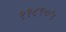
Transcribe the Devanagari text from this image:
११८९०५